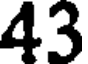
43